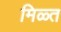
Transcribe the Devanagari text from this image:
मिळ्त